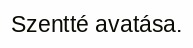
Szentté avatása.